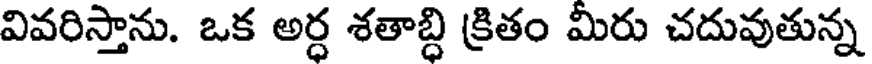
వివరిస్తాను. ఒక అర్ధ శతాబ్ది క్రితం మీరు చదువుతున్న